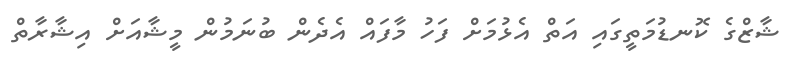
ޝާޒްގެ ކޮނޑުމަތީގައި އަތް އެޅުމަށް ފަހު މާފައް އެދެން ބުނަމުން މީޝާއަށް އިޝާރާތް